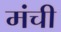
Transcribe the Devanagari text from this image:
मंची